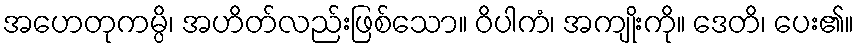
အဟေတုကမ္ပိ၊ အဟိတ်လည်းဖြစ်သော။ ဝိပါကံ၊ အကျိုးကို။ ဒေတိ၊ ပေး၏။